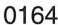
0164